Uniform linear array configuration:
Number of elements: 32
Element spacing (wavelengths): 0.75
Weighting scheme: cosine
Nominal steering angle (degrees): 30
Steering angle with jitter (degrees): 29.595
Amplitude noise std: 0.05
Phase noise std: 0.05

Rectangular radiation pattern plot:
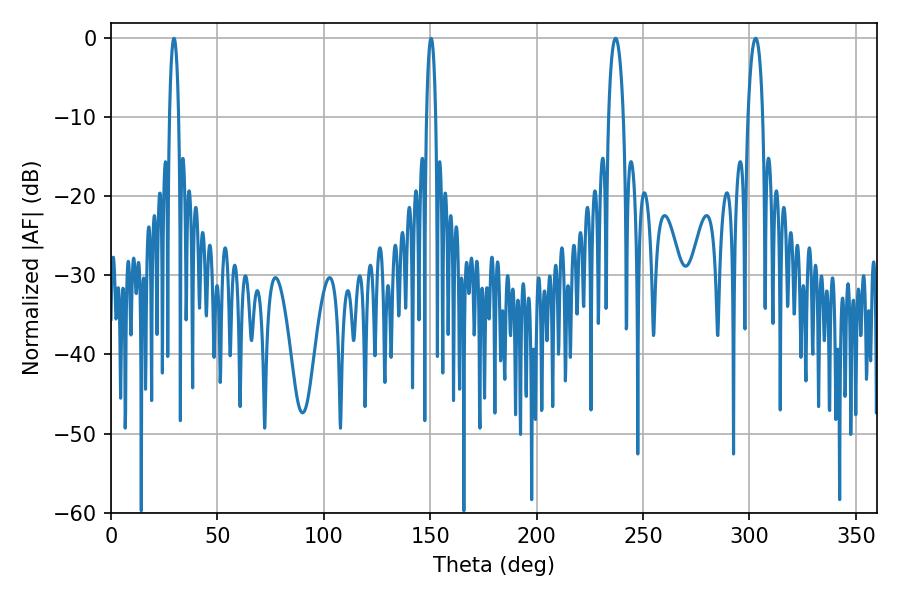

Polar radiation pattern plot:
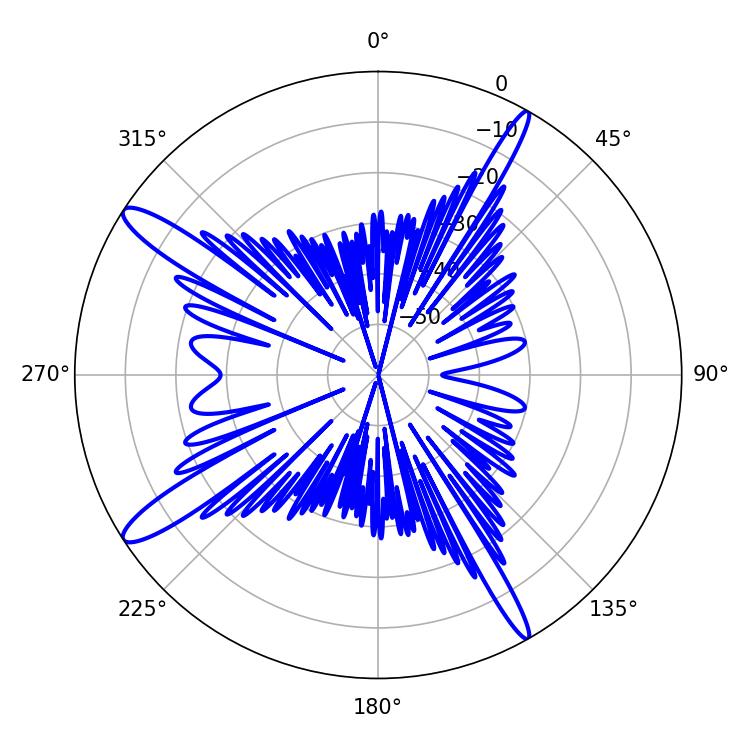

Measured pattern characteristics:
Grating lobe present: TRUE
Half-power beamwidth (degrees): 3.78
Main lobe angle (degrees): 237.06